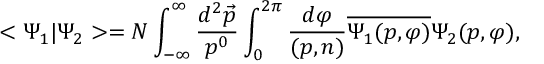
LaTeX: < \Psi _ { 1 } | \Psi _ { 2 } > = N \int _ { - \infty } ^ { \infty } \frac { d ^ { 2 } \vec { p } } { p ^ { 0 } } \int _ { 0 } ^ { 2 \pi } \frac { d \varphi } { ( p , n ) } \overline { { { \Psi _ { 1 } ( p , \varphi ) } } } \Psi _ { 2 } ( p , \varphi ) ,